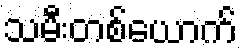
သမီးတစ်ယောက်